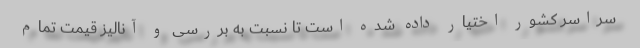
سراسر کشور اختیار داده شده است تا نسبت به بررسی و آنالیز قیمت تمام